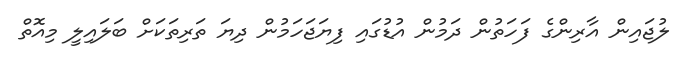
ލުޖައިން އާރިންގެ ފަހަތުން ދަމުން އުޑުގައި ފިޔަޖަހަމުން ދިޔަ ތަރިތަކަށް ބަލައިލީ މިއޮތް